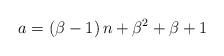
LaTeX: \begin{align*}a=\left(\beta-1\right)n+\beta^{2}+\beta+1\end{align*}